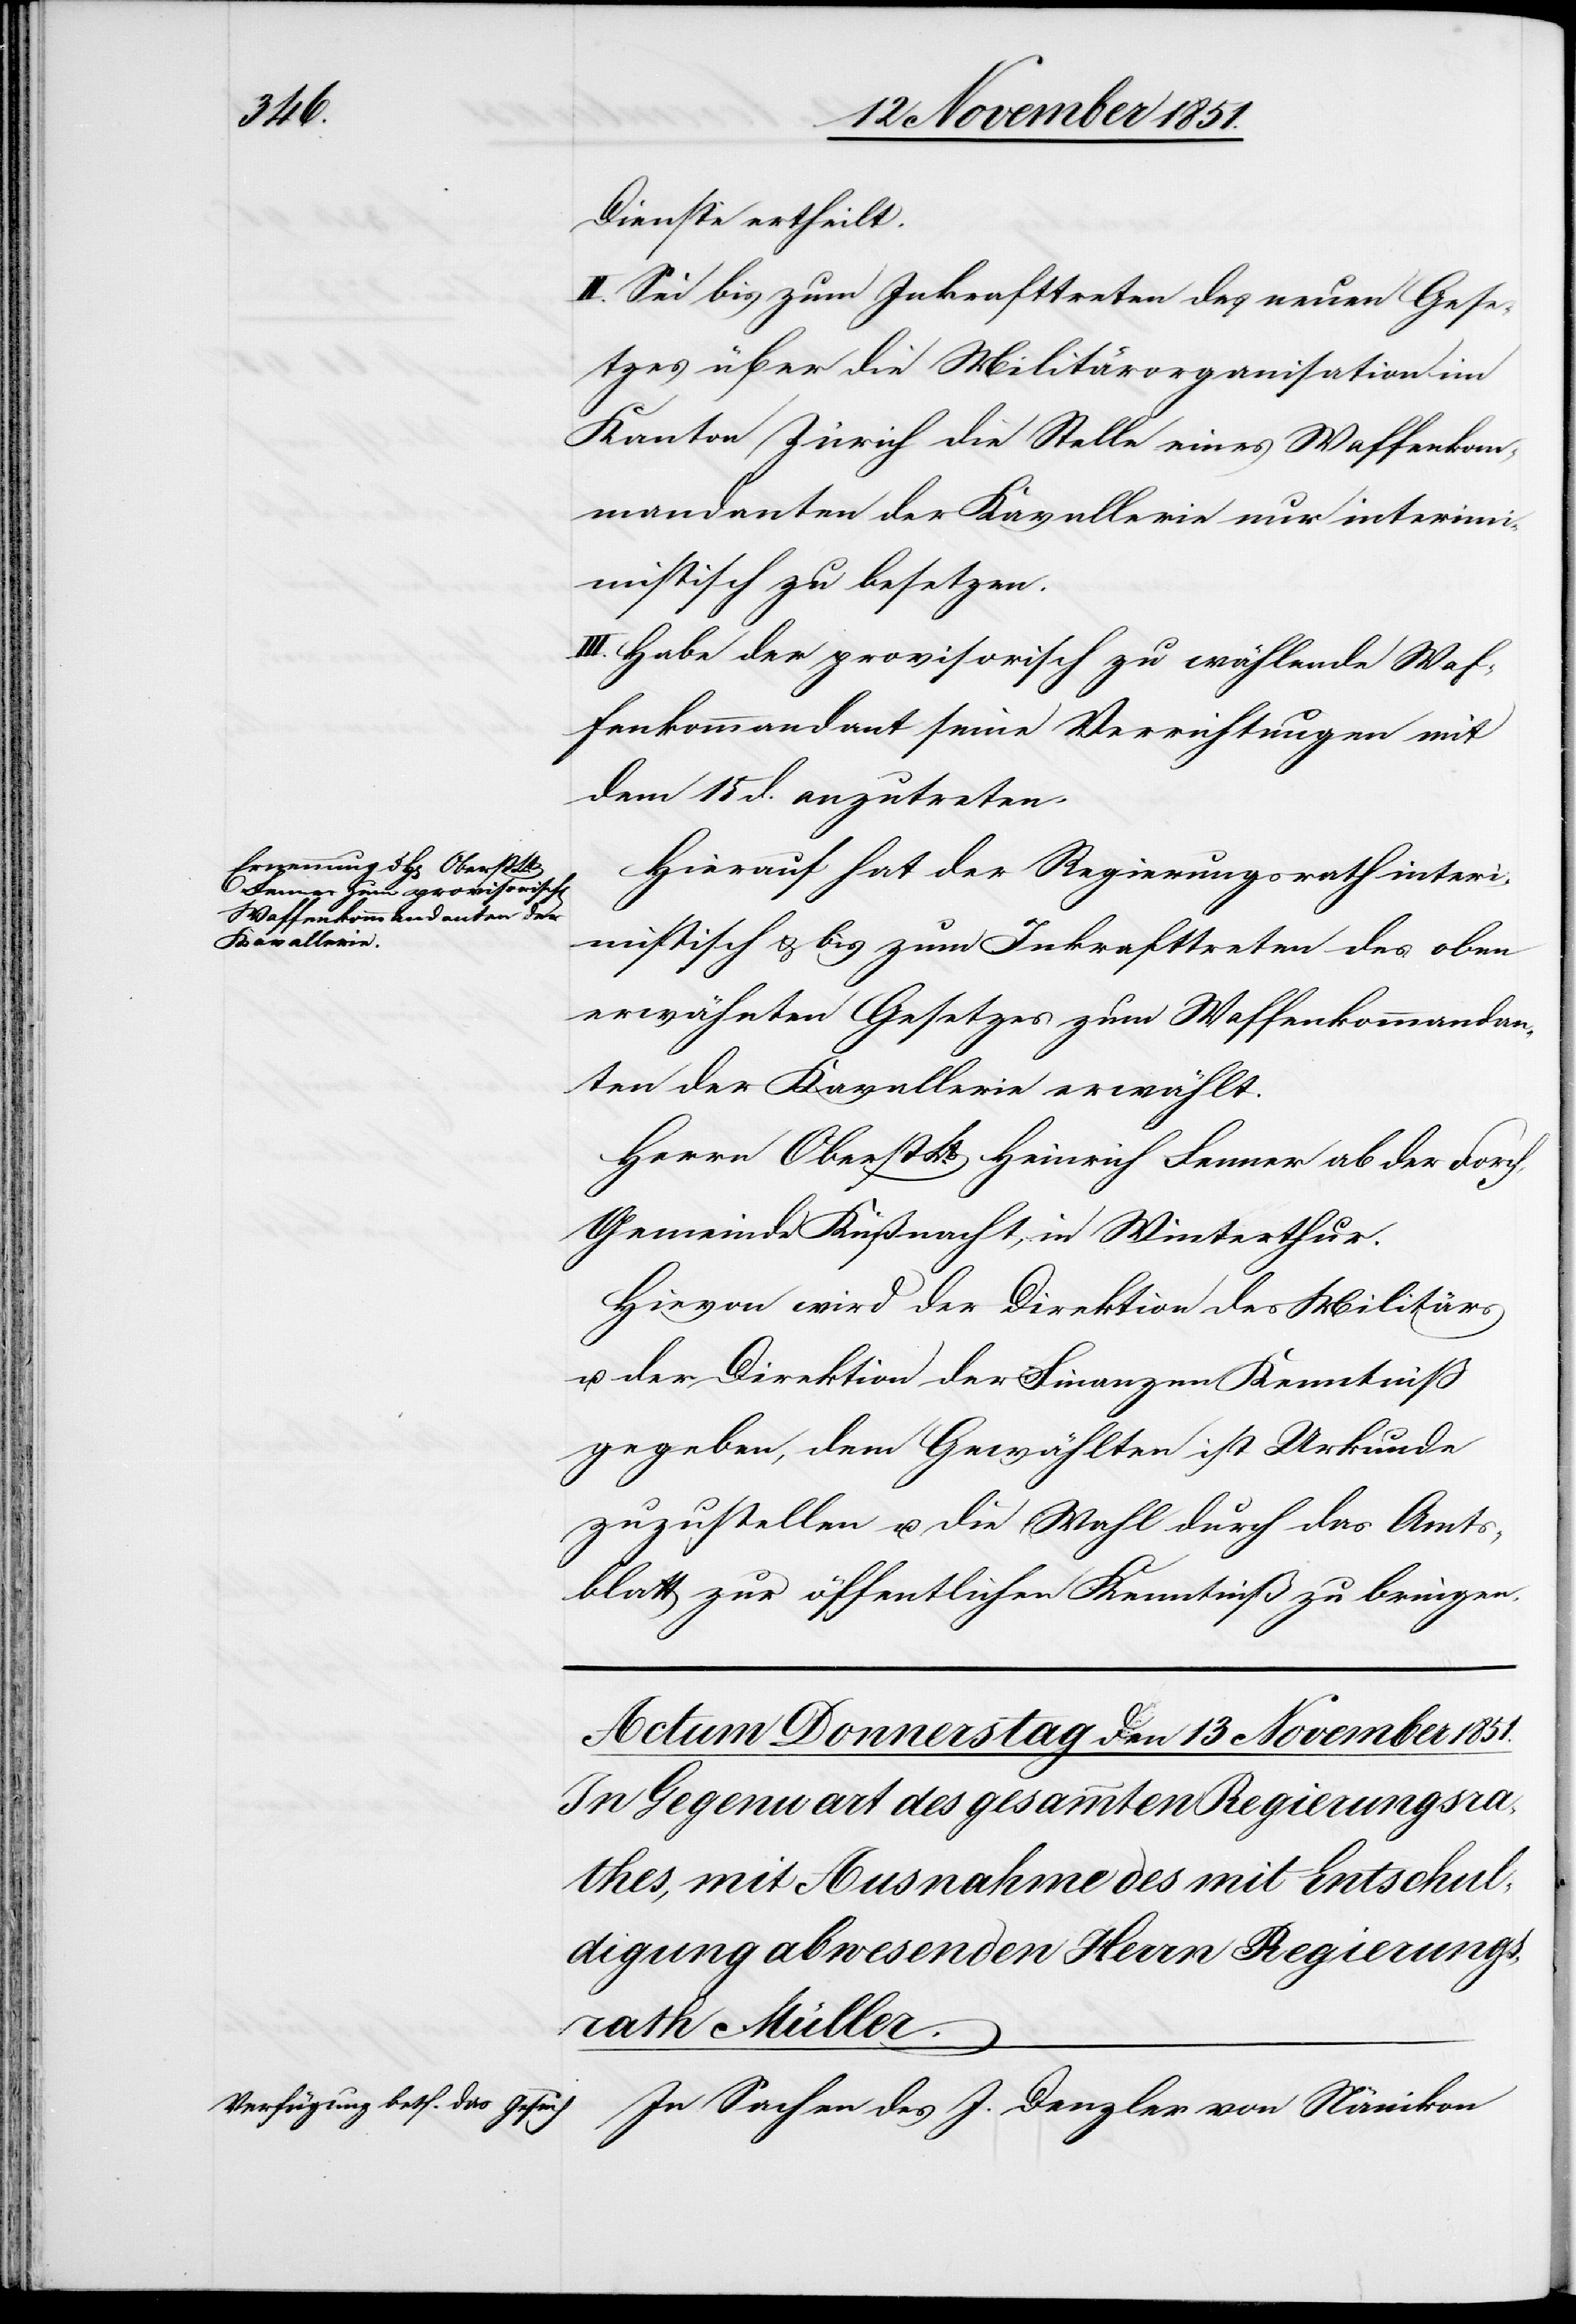
tisch

Dienste ertheilt.
II. Sei bis zum Inkrafttreten des neuen Gese¬
tzes über die Militärorganisation im
Kanton Zürich die Stelle eines Waffenkom¬
mandanten der Kavallerie nur interimimis¬
[sic!] zu besetzen.
III. Habe der provisorisch zu wählende Waf¬
fenkommandant seine Verrichtungen mit
dem 15 d. anzutreten.
Hierauf hat der Regierungsrath interi¬
mistisch & bis zum Inkrafttreten des oben
erwähnten Gesetzes zum Waffenkommandan¬
ten der Kavallerie erwählt.
Herrn Oberst Lt. Heinrich Fenner ab der Forch,
Gemeinde Küßnacht, in Winterthur.
Hievon wird der Direktion des Militärs
u. der Direktion der Finanzen Kenntniß
gegeben, dem Gewählten ist Urkunde
zuzustellen u. die Wahl durch das Amts¬
blatt zur öffentlichen Kenntniß zu bringen.
In Sachen des J. Denzler von Nänikon